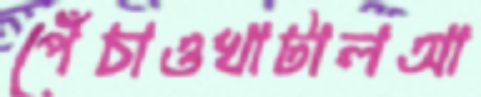
পেঁচাওখাটালআ